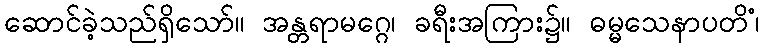
ဆောင်ခဲ့သည်ရှိသော်။ အန္တရာမဂ္ဂေ၊ ခရီးအကြား၌။ ဓမ္မသေနာပတိံ၊